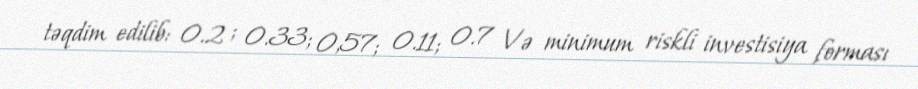
təqdim edilib: 0.2 ; 0.33; 0,57; 0.11; 0.7 Və minimum riskli investisiya forması